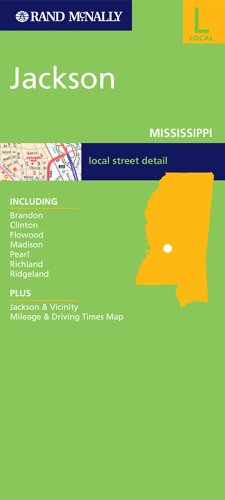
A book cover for FM Jackson, MS (Rand McNally Folded Map: Cities); Rand McNally; Travel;